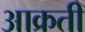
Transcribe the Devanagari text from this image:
आक्रती